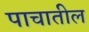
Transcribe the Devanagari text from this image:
पाचातील